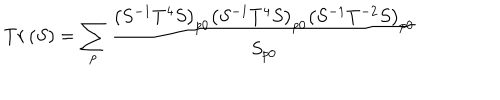
LaTeX: T r \left( S \right) = \sum _ { p } \frac { \left( S ^ { - 1 } T ^ { 4 } S \right) _ { p 0 } \left( S ^ { - 1 } T ^ { 4 } S \right) _ { p 0 } \left( S ^ { - 1 } T ^ { - 2 } S \right) _ { p 0 } } { S _ { p 0 } }